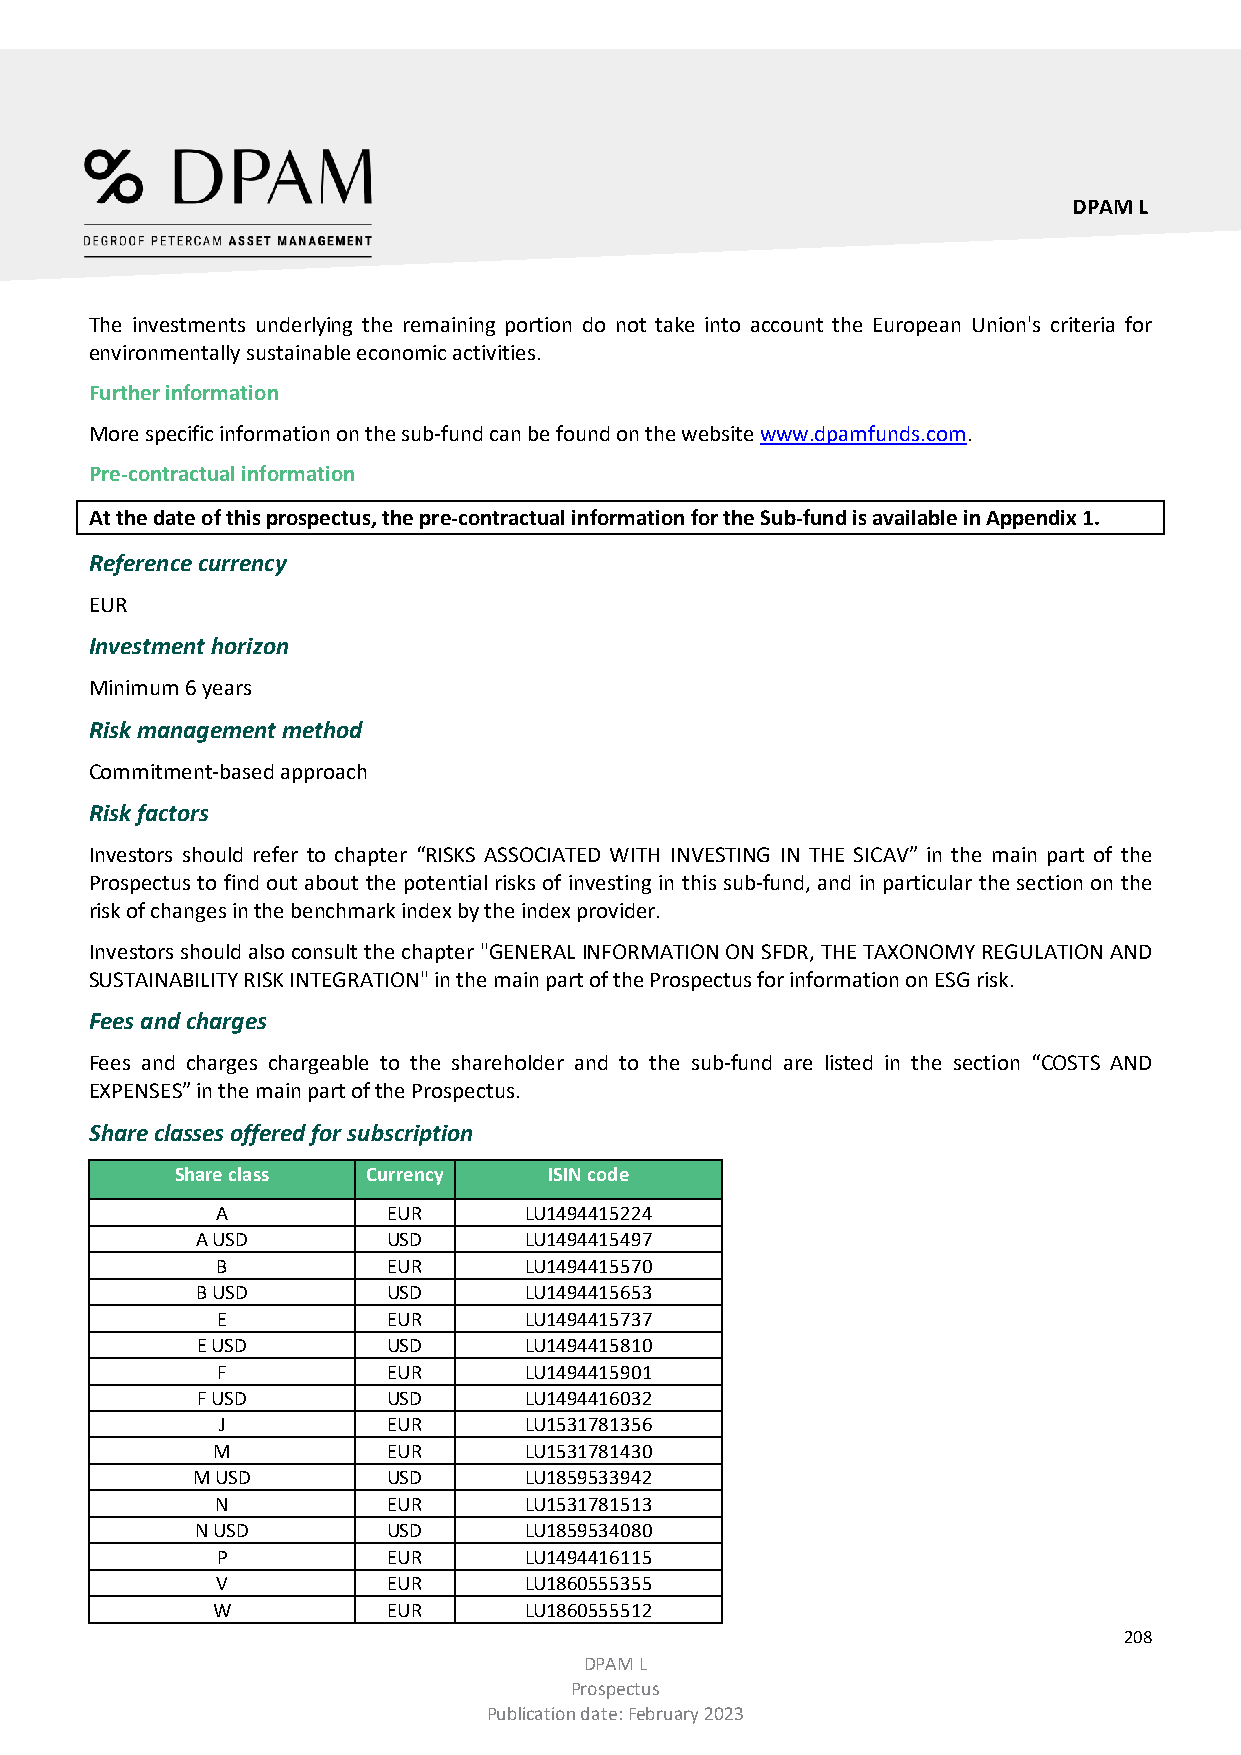
DPAM L
 The investments underlying the remaining portion do not take into account the European Union's criteria for
 environmentally sustainable economic activities.
 Further information
 More specific information on the sub-fund can be found on the website www.dpamfunds.com.
 Pre-contractual information
 At the date of this prospectus, the pre-contractual information for the Sub-fund is available in Appendix 1.
 Reference currency
 EUR
 Investment horizon
 Minimum 6 years
 Risk management method
 Commitment-based approach
 Risk factors
 Investors should refer to chapter “RISKS ASSOCIATED WITH INVESTING IN THE SICAV” in the main part of the
 Prospectus to find out about the potential risks of investing in this sub-fund, and in particular the section on the
 risk of changes in the benchmark index by the index provider.
 Investors should also consult the chapter "GENERAL INFORMATION ON SFDR, THE TAXONOMY REGULATION AND
 SUSTAINABILITY RISK INTEGRATION" in the main part of the Prospectus for information on ESG risk.
 Fees and charges
 Fees and charges chargeable to the shareholder and to the sub-fund are listed in the section “COSTS AND
 EXPENSES” in the main part of the Prospectus.
 Share classes offered for subscription
 Share class Currency    ISIN code
 A           EUR      LU1494415224
 A USD        USD      LU1494415497
 B           EUR      LU1494415570
 B USD        USD      LU1494415653
 E           EUR      LU1494415737
 E USD        USD      LU1494415810
 F           EUR      LU1494415901
 F USD        USD      LU1494416032
 J           EUR      LU1531781356
 M           EUR      LU1531781430
 M USD        USD      LU1859533942
 N           EUR      LU1531781513
 N USD        USD      LU1859534080
 P           EUR      LU1494416115
 V           EUR      LU1860555355
 W           EUR      LU1860555512
 208
 DPAM L
 Prospectus
 Publication date: February 2023